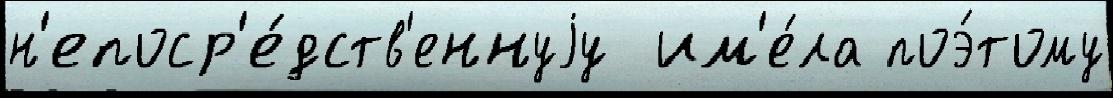
н'епоср'е́дств'еннуjу  им'е́ла поэ́тому